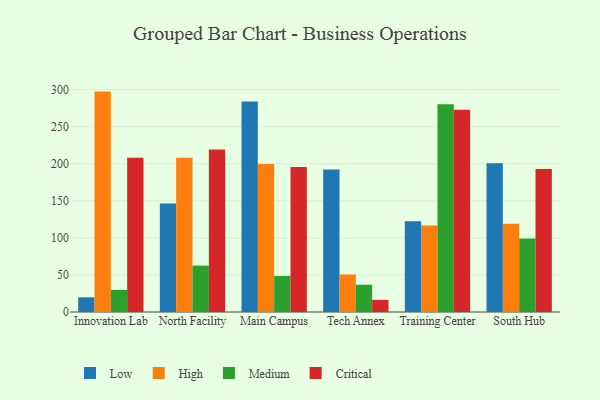
{"axis": {"x": "Campus", "y": "Shipments"}, "legend": ["Critical", "High", "Low", "Medium"], "data": [{"x": "Innovation Lab", "y": 19.8, "type": "Low"}, {"x": "Innovation Lab", "y": 297.3, "type": "High"}, {"x": "Innovation Lab", "y": 29.8, "type": "Medium"}, {"x": "Innovation Lab", "y": 208.2, "type": "Critical"}, {"x": "North Facility", "y": 146.5, "type": "Low"}, {"x": "North Facility", "y": 208.0, "type": "High"}, {"x": "North Facility", "y": 62.6, "type": "Medium"}, {"x": "North Facility", "y": 219.3, "type": "Critical"}, {"x": "Main Campus", "y": 284.0, "type": "Low"}, {"x": "Main Campus", "y": 199.7, "type": "High"}, {"x": "Main Campus", "y": 48.6, "type": "Medium"}, {"x": "Main Campus", "y": 195.6, "type": "Critical"}, {"x": "Tech Annex", "y": 192.3, "type": "Low"}, {"x": "Tech Annex", "y": 50.6, "type": "High"}, {"x": "Tech Annex", "y": 36.8, "type": "Medium"}, {"x": "Tech Annex", "y": 16.4, "type": "Critical"}, {"x": "Training Center", "y": 122.5, "type": "Low"}, {"x": "Training Center", "y": 116.6, "type": "High"}, {"x": "Training Center", "y": 280.4, "type": "Medium"}, {"x": "Training Center", "y": 272.9, "type": "Critical"}, {"x": "South Hub", "y": 200.8, "type": "Low"}, {"x": "South Hub", "y": 119.0, "type": "High"}, {"x": "South Hub", "y": 99.0, "type": "Medium"}, {"x": "South Hub", "y": 193.0, "type": "Critical"}]}